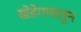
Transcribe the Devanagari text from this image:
खेडेगावातून